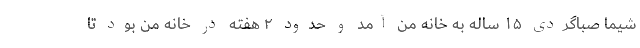
شیما صباگردی ۱۵ ساله به خانه من آمد و حدود ۲ هفته در خانه من بود تا